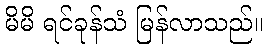
မိမိ ရင်ခုန်သံ မြန်လာသည်။